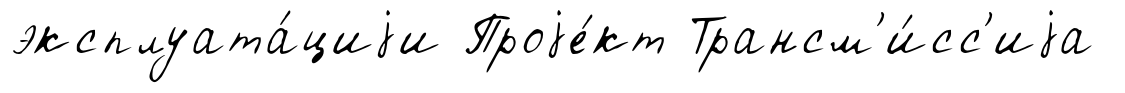
эксплуата́циjи Проjе́кт Трансм'и́сс'иjа